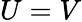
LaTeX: U=V